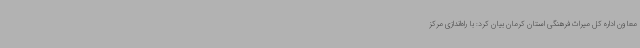
معاون اداره کل میراث فرهنگی استان کرمان بیان کرد: با راه‌اندازی مرکز